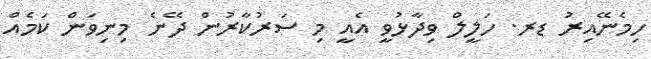
ހިމެނޭއިރު ޑރ. ހަލީލް ވިދާޅުވީ އެއީ މި ސަރުކާރުން ދޭނެ މިނިވަން ކަމެއް